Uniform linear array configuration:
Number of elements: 12
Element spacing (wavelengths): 0.75
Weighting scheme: cosine
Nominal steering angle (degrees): -15
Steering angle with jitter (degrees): -14.636
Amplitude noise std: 0.05
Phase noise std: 0.05

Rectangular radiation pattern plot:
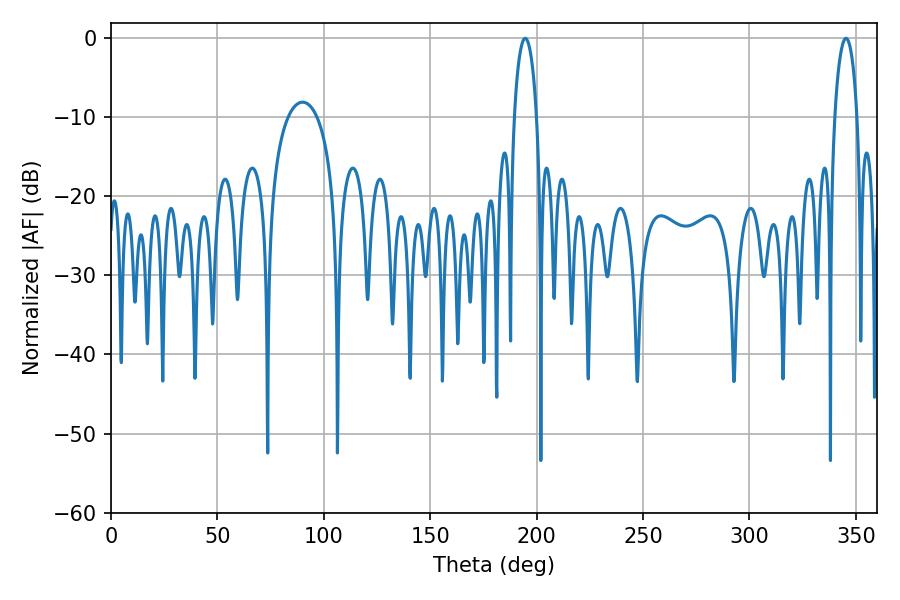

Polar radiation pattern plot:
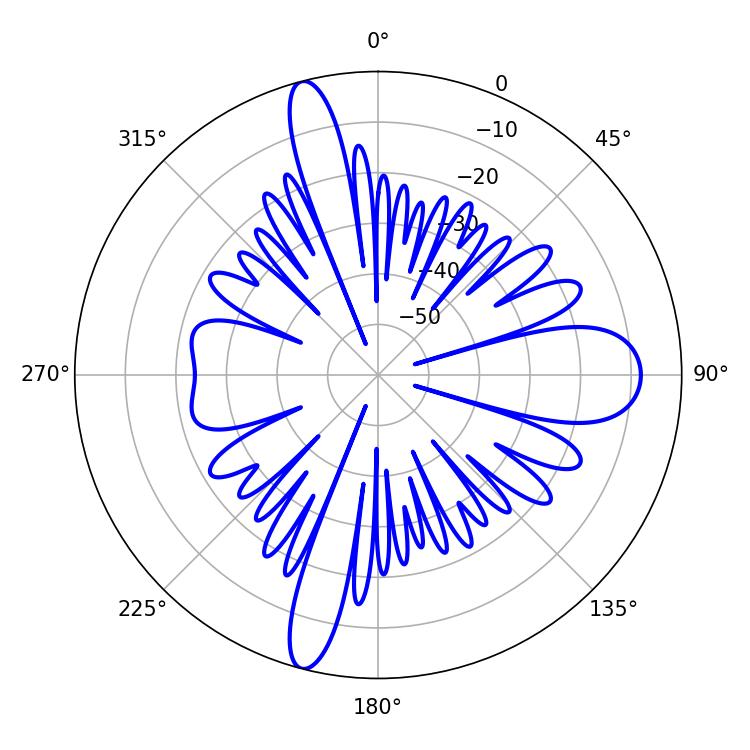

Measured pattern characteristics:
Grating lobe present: TRUE
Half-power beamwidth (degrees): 5.94
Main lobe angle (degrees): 194.58